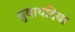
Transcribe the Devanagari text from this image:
सुवायदिया